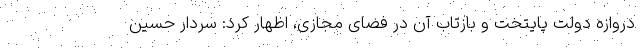
دروازه دولت پایتخت و بازتاب آن در فضای مجازی، اظهار کرد: سردار حسین